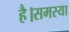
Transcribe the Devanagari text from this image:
है।समस्या